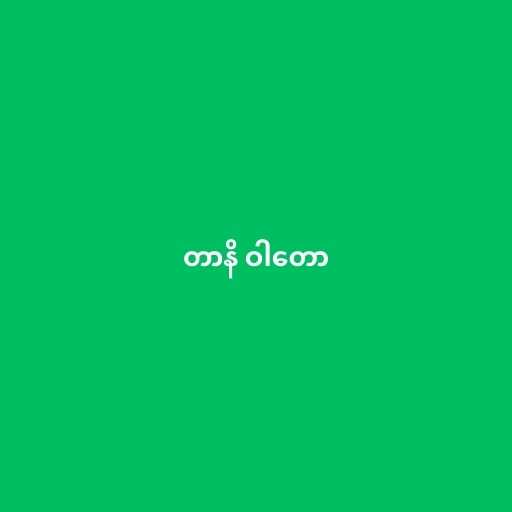
တာနိ ဝါတော